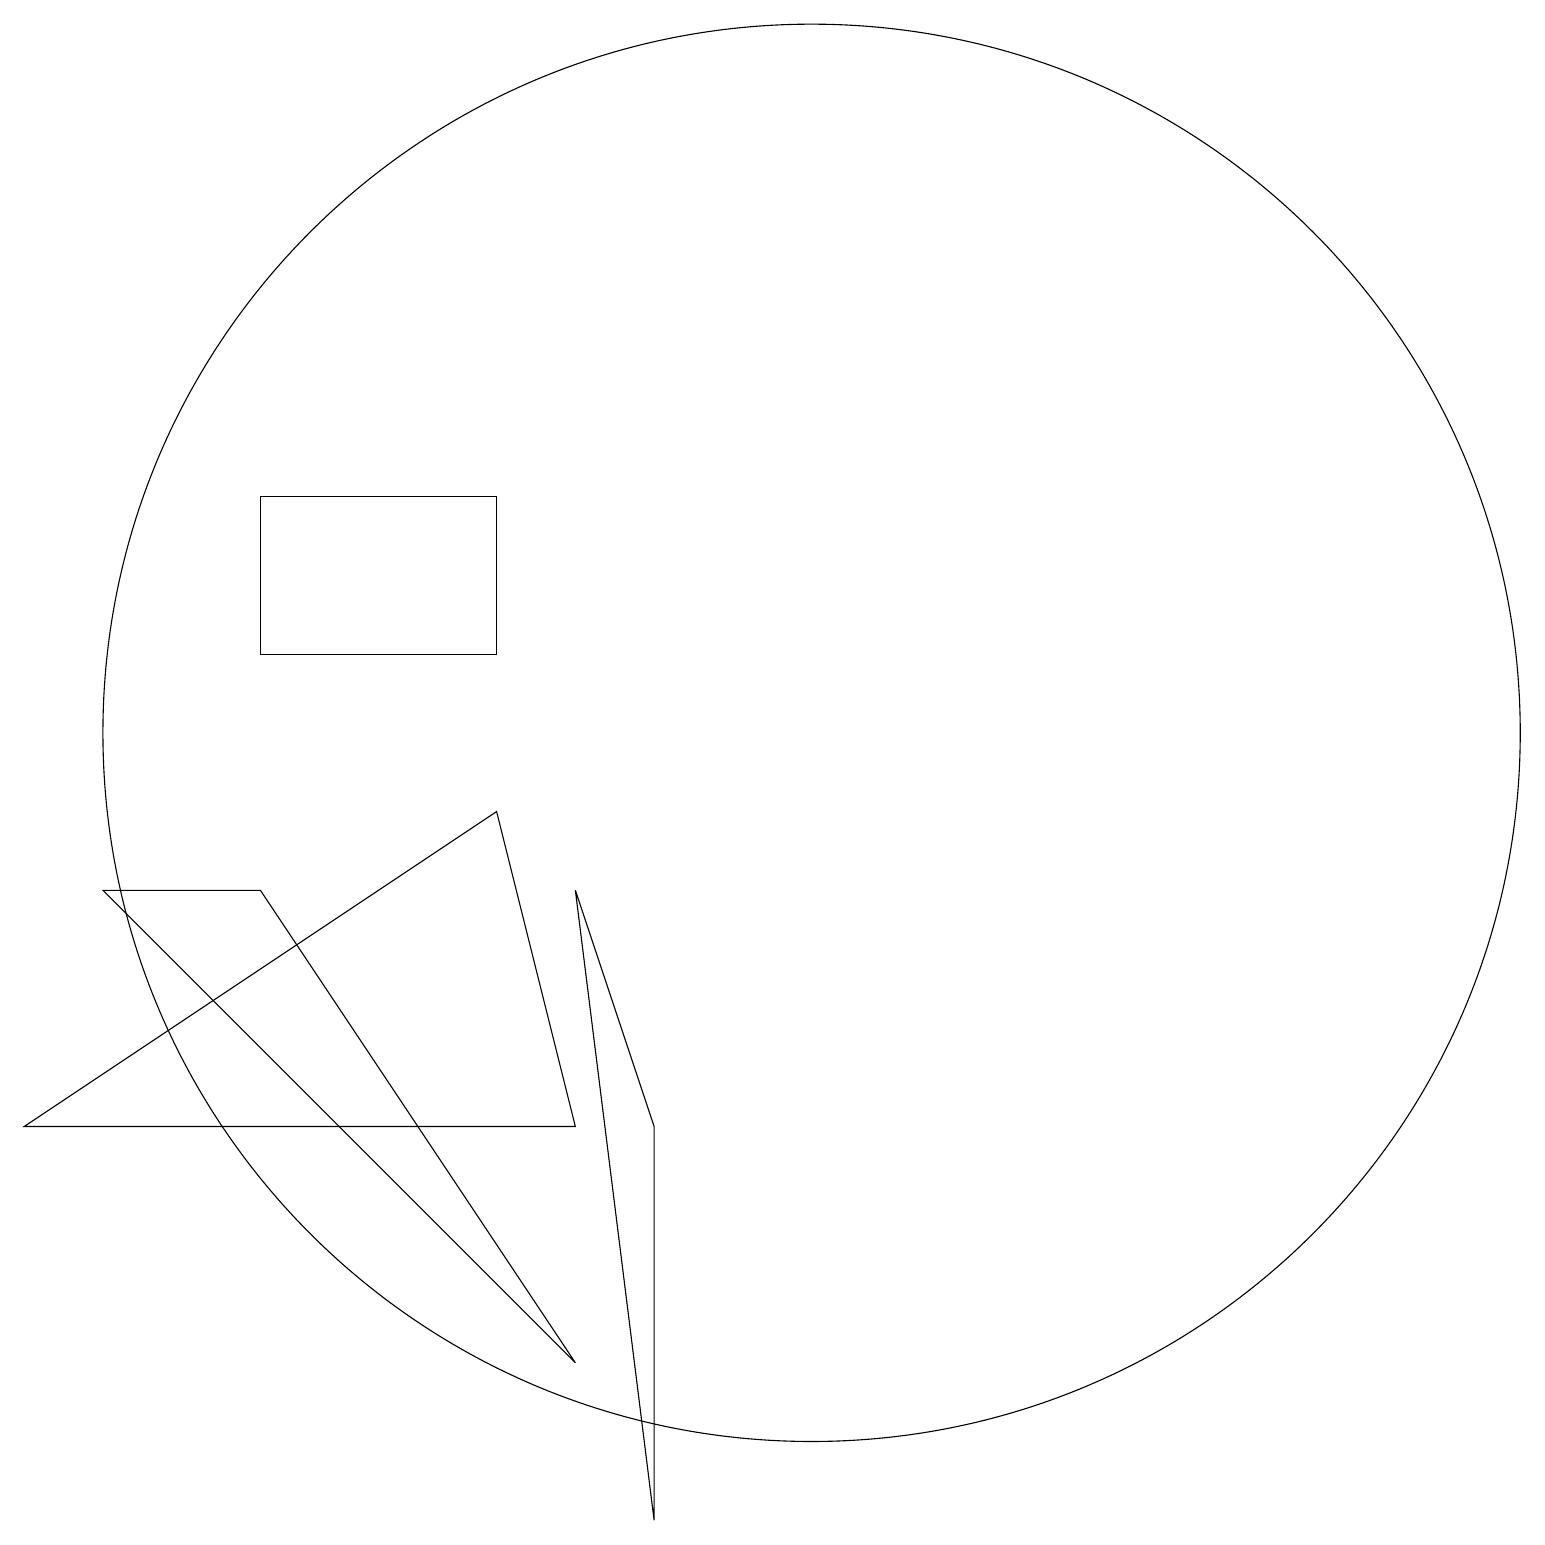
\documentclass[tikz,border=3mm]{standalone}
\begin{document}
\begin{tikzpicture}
\draw (11,11) circle (0);
\draw (9,0) -- (9,5) -- (8,8) -- cycle;
\draw (7,13) rectangle (4,11);
\draw (11,10) circle (9);
\draw (4,8) -- (2,8) -- (8,2) -- cycle;
\draw (8,5) -- (7,9) -- (1,5) -- cycle;
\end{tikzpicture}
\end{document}